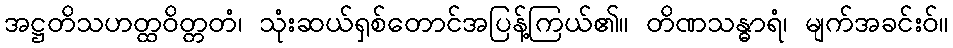
အဋ္ဌတိသဟတ္ထဝိတ္တတံ၊ သုံးဆယ်ရှစ်တောင်အပြန့်ကြယ်၏။ တိဏသန္ဓာရံ၊ မျက်အခင်းဝ်။